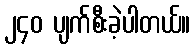
၂၄၀ ပျက်စီးခဲ့ပါတယ်။